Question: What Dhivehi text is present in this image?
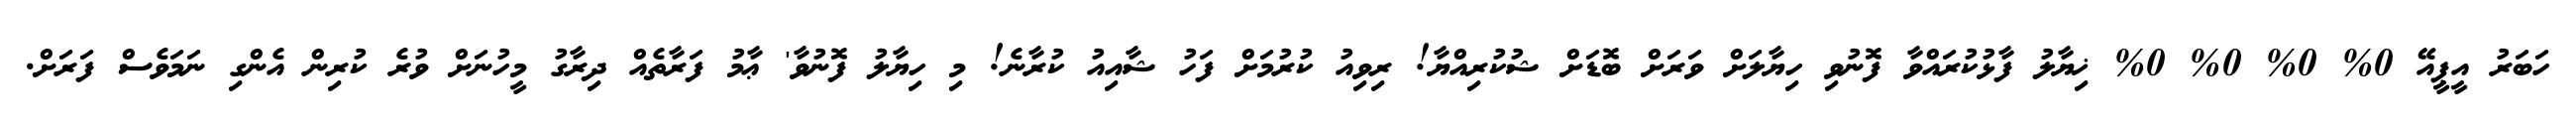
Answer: ހަބަރު އީޕީއޭ 0% 0% 0% 0% ޚިޔާލު ފާޅުކުރައްވާ ފޮނުވި ހިޔާލަށް ވަރަށް ބޮޑަށް ޝުކުރިއްޔާ! ރިވިއު ކުރުމަށް ފަހު ޝާއިއު ކުރާނެ! މި ހިޔާލު ފޮނުވާ' ޢާމު ފަރާތެއް ދިރާގު މީހުނަށް ވުރެ ކުރިން އެންގި ނަމަވެސް ފަރަށް.